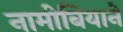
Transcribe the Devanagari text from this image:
नामीबियाने